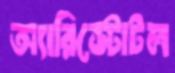
অ্যারিস্টোটল